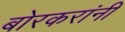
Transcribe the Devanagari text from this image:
बोरकरांनी